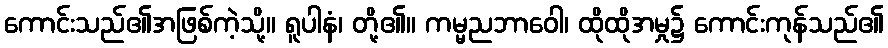
ကောင်းသည်၏အဖြစ်ကဲ့သို့။ ရူပါနံ၊ တို့၏။ ကမ္မညဘာဝေါ၊ ထိုထိုအမှု၌ ကောင်းကုန်သည်၏